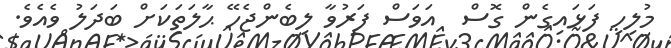
މުލިހި ފަޅައިގެން ގޮސް  އަވަސް ފަރުވާ ލިބެންޖެހޭ ޙާލަތަކަށް ބަދަލު ވެއެވެ.